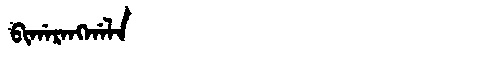
Manchu: ᠪᡳᡤᠠᡵᠠᠩᡤᠠᠯᠠ
Romanization: BIGARANGGALA